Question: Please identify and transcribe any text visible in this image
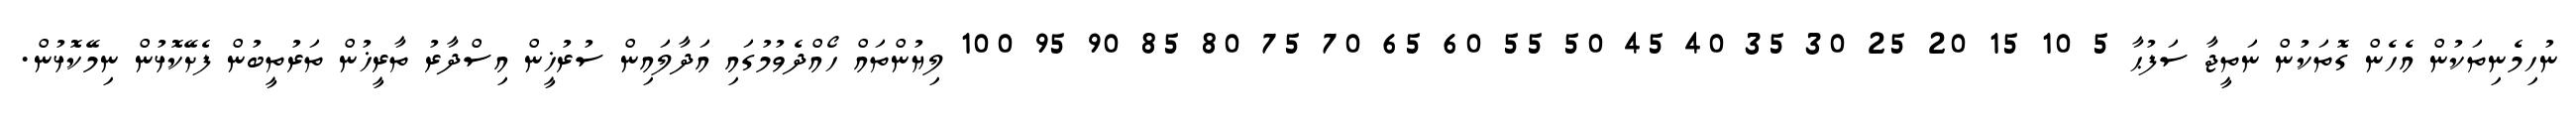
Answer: ނުހިމެނިތަކުން އެހެން ގޮތަކުން ނަތީޖާ ސަފުޙާ 5 10 15 20 25 30 35 40 45 50 55 60 65 70 75 80 85 90 95 100 ލިޔުންތައް ހޯއްދެވުމުގައި އަދާލައިން ސުރުޚީން އިސްދާރު ތާރީޚުން ތަރުތީބުން ފެށޭކޮޅުން ނިމޭކޮޅުން.